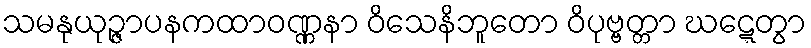
သမနုယုဉ္ဇာပနကထာဝဏ္ဏနာ ဝိသေနိဘူတော ဝိပုဗ္ဗတ္တာ ဃဋ္ဋေတွာ